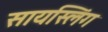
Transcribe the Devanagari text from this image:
सायस्लिंग